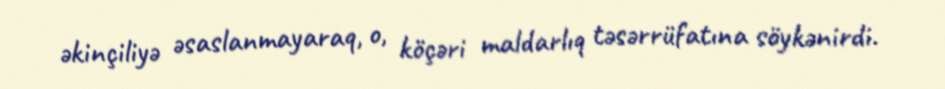
əkinçiliyə əsaslanmayaraq, o, köçəri maldarlıq təsərrüfatına söykənirdi.